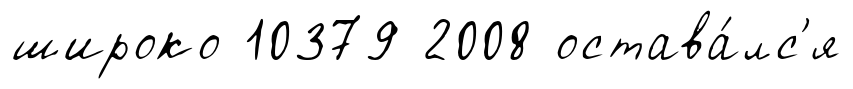
широко 10379 2008 остава́лс'я